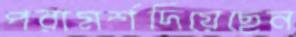
পরামর্শদিয়েছেন